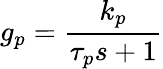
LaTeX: g_{p}={\frac{k_{p}}{\tau_{p}s+1}}